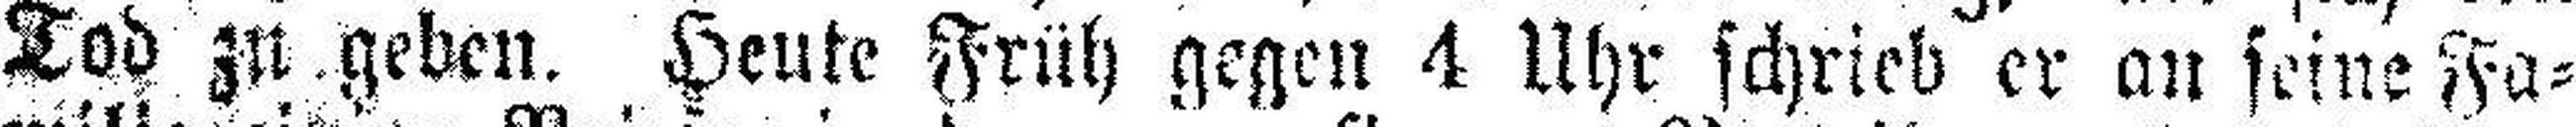
Tod zu geben. Heute Früh gegen 4 Uhr schrieb er an seine Fa¬